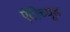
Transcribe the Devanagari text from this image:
ऐटीच्यूड